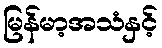
မြန်မာ့အသံနှင့်